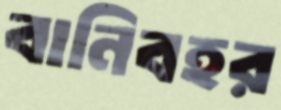
বানিবহর